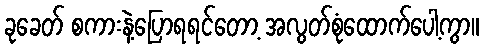
ခုခေတ် စကားနဲ့ပြောရရင်တော့ အလွတ်စုံထောက်ပေါ့ကွာ။